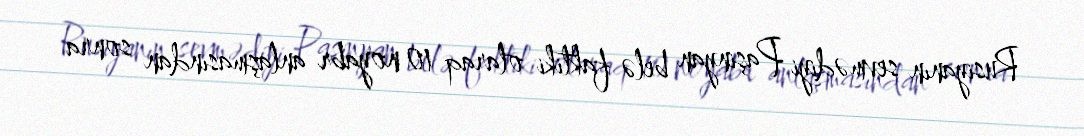
Rusiyanın sevmədiyi Paşinyan belə faktiki olaraq 10 noyabr anlaşmasından sonra